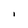
Character: I